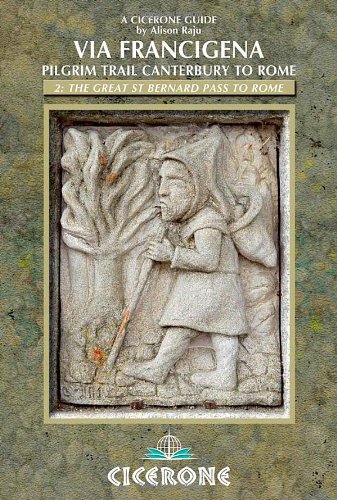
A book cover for The Via Francigena Canterbury to Rome - Part 2: The Great St Bernard Pass to Rome (Cicerone Guide); Alison Raju; Travel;